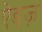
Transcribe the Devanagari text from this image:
ऐड्ज़